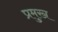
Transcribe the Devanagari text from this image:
प्रमुख्‍ा